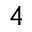
^ 4